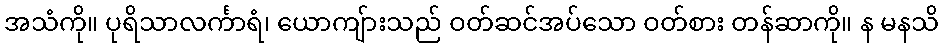
အသံကို။ ပုရိသာလင်္ကာရံ၊ ယောကျ်ားသည် ဝတ်ဆင်အပ်သော ဝတ်စား တန်ဆာကို။ န မနသိ